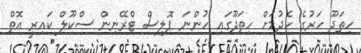
ހިތަދޫ ހަރުގެ ހެދުމަށް ހިތަދޫގައި ހުންނަ ޕޮލިސް ޓްރޭނިން ސްކޫލް ކައިރީ އޮތް